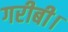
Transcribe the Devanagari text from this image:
गरीबी।